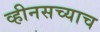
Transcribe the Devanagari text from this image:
व्हीनसच्याच